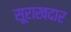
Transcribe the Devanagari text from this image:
सूराखदार